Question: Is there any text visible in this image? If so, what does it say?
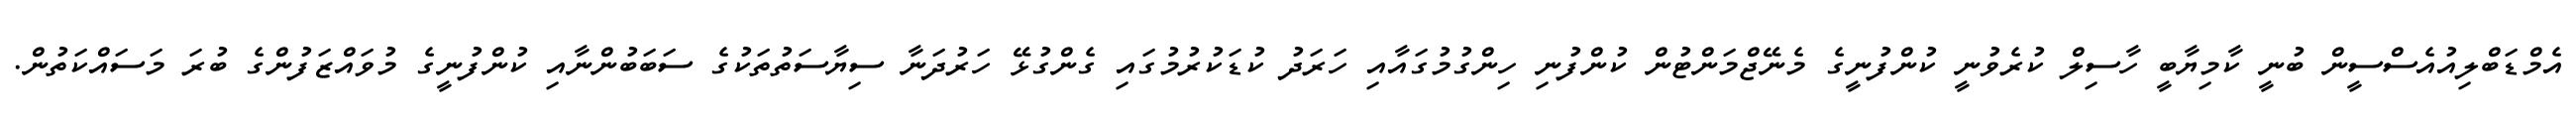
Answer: އެމްޑަބްލިއުއެސްސީން ބުނީ ކާމިޔާބީ ހާސިލް ކުރެވުނީ ކުންފުނީގެ މެނޭޖްމަންޓުން ކުންފުނި ހިންގުމުގައާއި ހަރަދު ކުޑަކުރުމުގައި ގެންގުޅޭ ހަރުދަނާ ސިޔާސަތުތަކުގެ ސަބަބުންނާއި ކުންފުނީގެ މުވައްޒަފުންގެ ބުރަ މަސައްކަތުން.